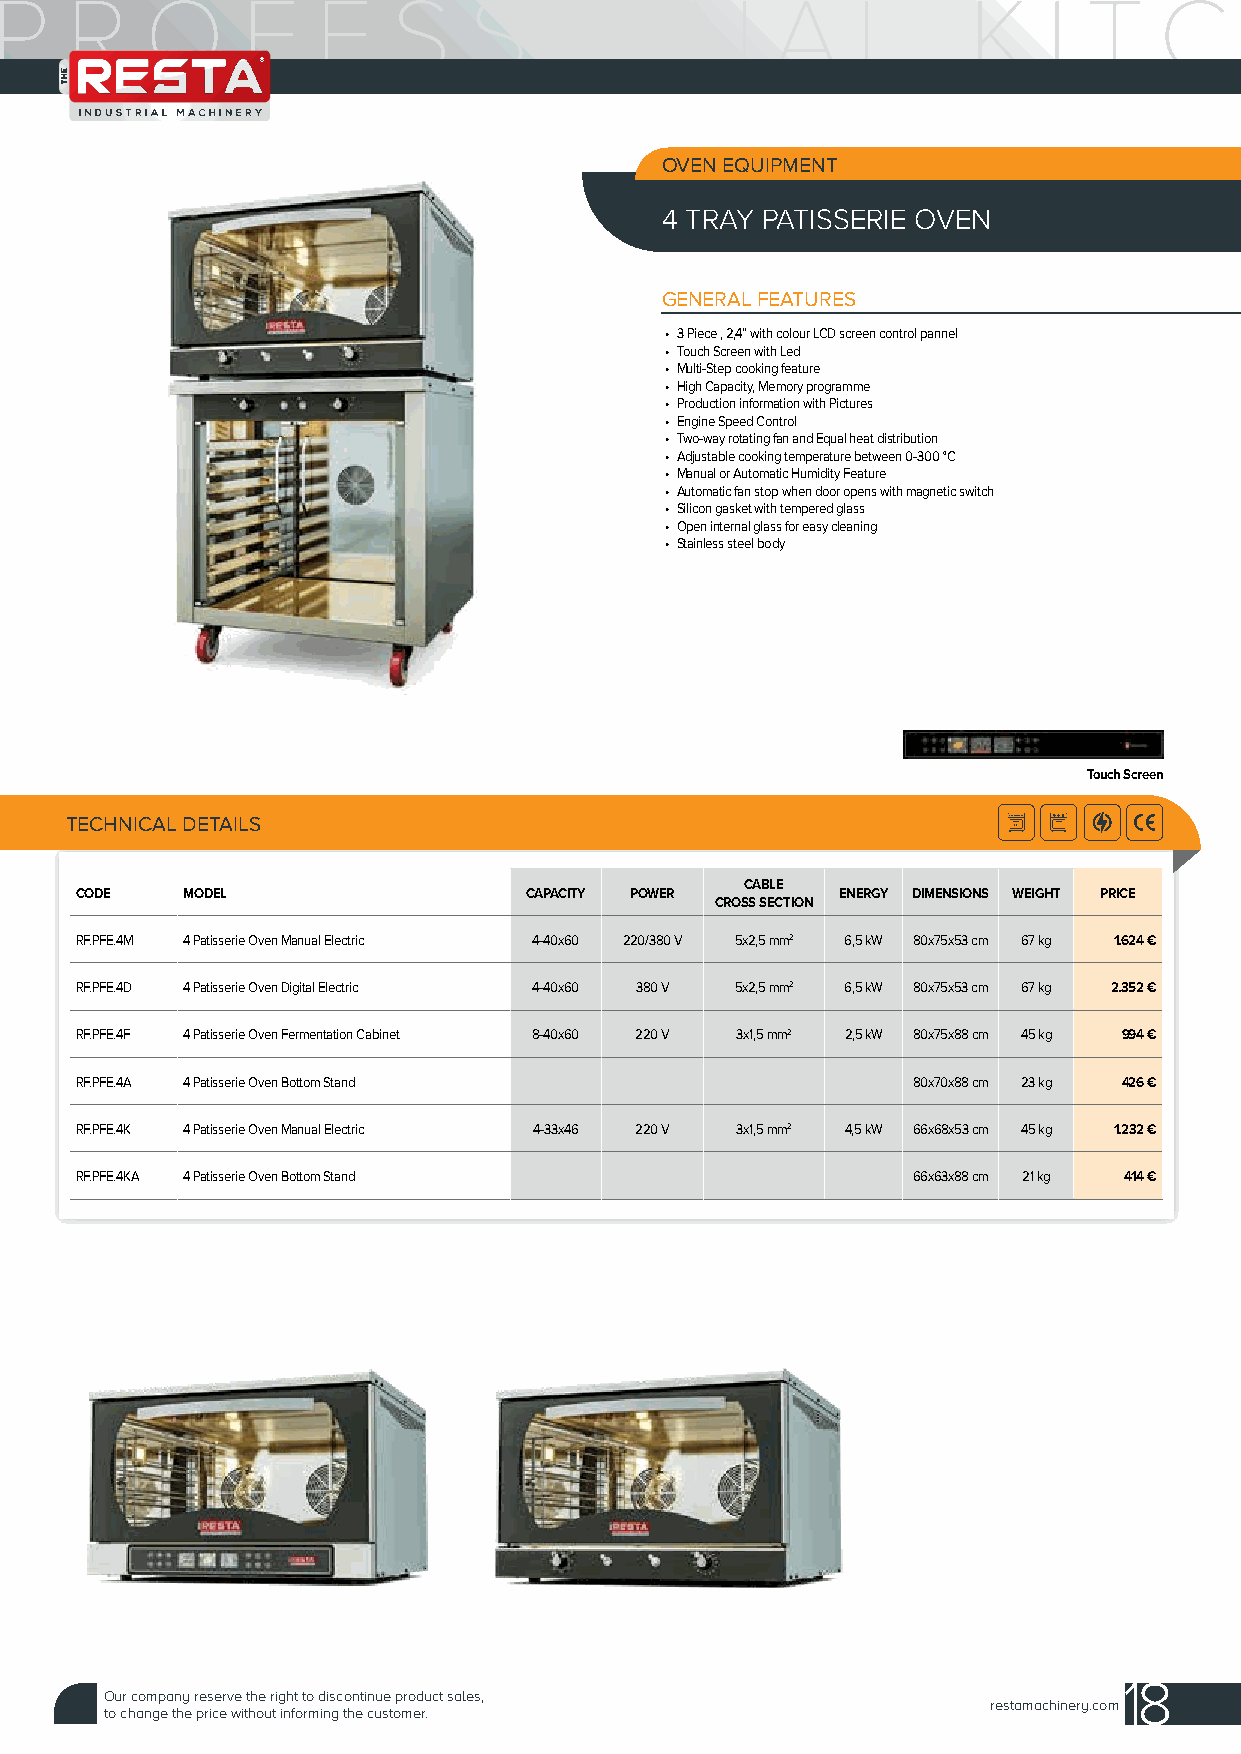
OVEN EQUIPMENT
 4 TRAY PATISSERIE OVEN
 GENERAL FEATURES
 • 3 Piece , 2,4” with colour LCD screen control pannel
 • Touch Screen with Led
 • Multi-Step cooking feature
 • High Capacity, Memory programme
 • Production information with Pictures
 • Engine Speed Control
 • Two-way rotating fan and Equal heat distribution
 • Adjustable cooking temperature between 0-300 °C
 • Manual or Automatic Humidity Feature
 • Automatic fan stop when door opens with magnetic switch
 • Silicon gasket with tempered glass
 • Open internal glass for easy cleaning
 • Stainless steel body
 Touch Screen
 TECHNICAL DETAILS
 CABLE
 CODE   MODEL                  CAPACITY POWER       ENERGY DIMENSIONS WEIGHT PRICE
 CROSS SECTION
 RF.PFE.4M 4 Patisserie Oven Manual Electric 4-40x60 220/380 V 5x2,5 mm2 6,5 kW 80x75x53 cm 67 kg 1.624 €
 RF.PFE.4D 4 Patisserie Oven Digital Electric 4-40x60 380 V 5x2,5 mm2 6,5 kW 80x75x53 cm 67 kg 2.352 €
 RF.PFE.4F 4 Patisserie Oven Fermentation Cabinet 8-40x60 220 V 3x1,5 mm2 2,5 kW 80x75x88 cm 45 kg 994 €
 RF.PFE.4A 4 Patisserie Oven Bottom Stand               80x70x88 cm 23 kg 426 €
 RF.PFE.4K 4 Patisserie Oven Manual Electric 4-33x46 220 V 3x1,5 mm2 4,5 kW 66x68x53 cm 45 kg 1.232 €
 RF.PFE.4KA 4 Patisserie Oven Bottom Stand              66x63x88 cm 21 kg 414 €
 18
 Our company reserve the right to discontinue product sales,
 restamachinery.com
 to change the price without informing the customer.